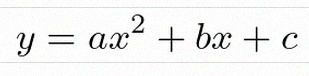
y=ax^2+bx+c